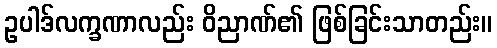
ဥပါဒ်လက္ခဏာလည်း ဝိညာဏ်၏ ဖြစ်ခြင်းသာတည်း။